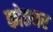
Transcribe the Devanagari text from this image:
कोतघर